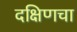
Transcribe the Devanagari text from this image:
दक्षिणचा